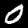
Digit: 0